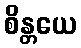
စိန္တယေ